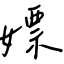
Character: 嫖